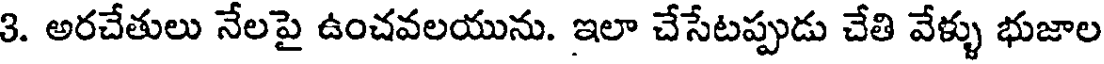
3. అరచేతులు నేలపై ఉంచవలయును. ఇలా చేసేటప్పుడు చేతి వేళ్ళు భుజాల